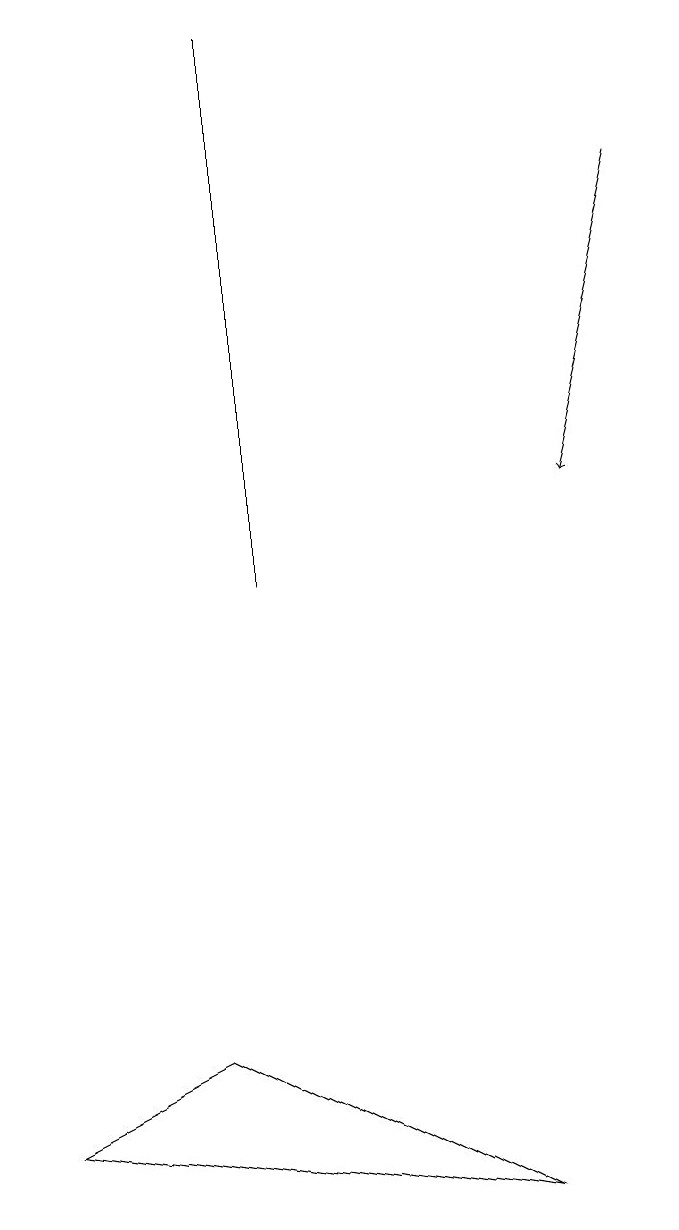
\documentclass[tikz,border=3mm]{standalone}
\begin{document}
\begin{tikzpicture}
\draw (0,5) -- (2,6) -- (6,4) -- cycle;
\draw[->] (8,17) -- (7,13);
\draw (3,12) rectangle (3,19);
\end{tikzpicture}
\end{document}